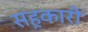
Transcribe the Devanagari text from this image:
सह़कारी